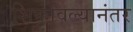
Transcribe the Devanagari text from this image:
शिकविल्यानंतर